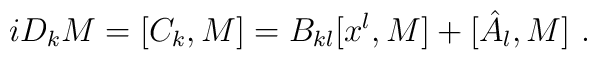
iD_kM=[C_k,M]=B_{kl}[x^l,M]+[\hat{A}_l,M] \ .